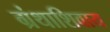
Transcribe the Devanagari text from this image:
ग्रंथाशिवाय